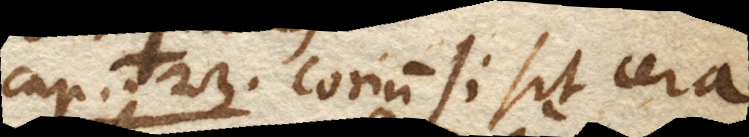
Cap. 23. Corium si sit cera